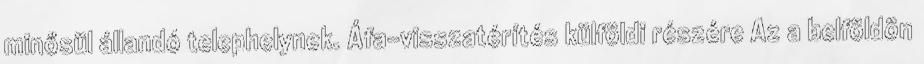
minősül állandó telephelynek. Áfa-visszatérítés külföldi részére Az a belföldön